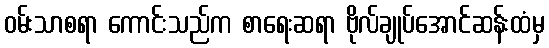
ဝမ်းသာစရာ ကောင်းသည်က စာရေးဆရာ ဗိုလ်ချုပ်အောင်ဆန်းထံမှ